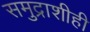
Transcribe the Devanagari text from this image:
समुद्राशीही